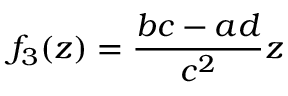
f _ { 3 } ( z ) = { \frac { b c - a d } { c ^ { 2 } } } z \quad